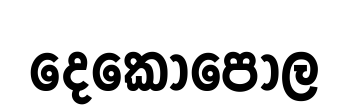
දෙකොපොල